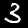
Digit: 3